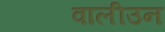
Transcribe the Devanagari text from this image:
वालीउन